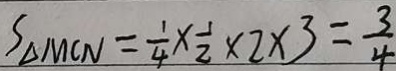
S _ { \Delta M C N } = \frac { 1 } { 4 } \times \frac { 1 } { 2 } \times 2 \times 3 = \frac { 3 } { 4 }